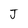
Character: J